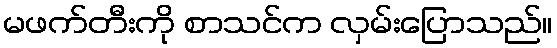
မဖက်တီးကို စာသင်က လှမ်းပြောသည်။